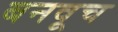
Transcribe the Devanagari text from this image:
बनवूच